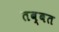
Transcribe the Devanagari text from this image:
तब्बत